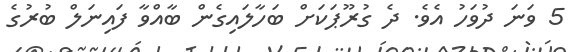
5 ވަނަ ދުވަހު އެވެ. ދެ ގުރޫޕަކަށް ބަހާލައިގެން ބާއްވާ ފައިނަލް ބުރުގެ